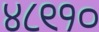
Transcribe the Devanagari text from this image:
४८९१०